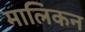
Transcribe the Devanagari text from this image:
मालिकन